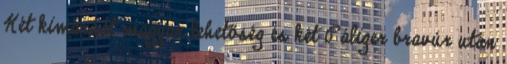
Két kimaradt magyar lehetőség és két Páliger bravúr után